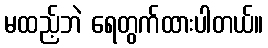
မထည့်ဘဲ ရေတွက်ထားပါတယ်။